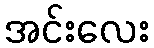
အင်းလေး